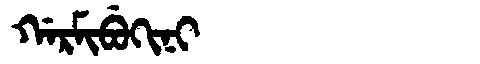
Manchu: ᡤᠠᡵᠮᡳᠪᡠᡴᡳᠨᡳ
Romanization: GARMIBUKINI